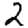
Digit: 2